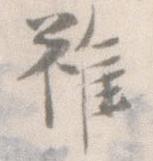
雖